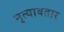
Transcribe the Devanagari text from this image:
नृत्यावतार